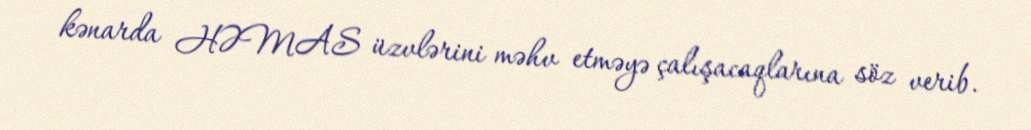
kənarda HƏMAS üzvlərini məhv etməyə çalışacaqlarına söz verib.